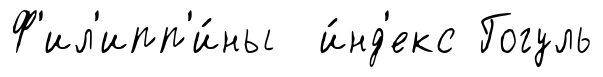
Ф'ил'ипп'и́ны и́нд'екс Гогуль